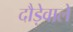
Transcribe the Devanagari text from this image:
दौड़ेवाले